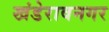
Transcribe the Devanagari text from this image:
खंडेरावनगर